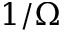
1 / \Omega